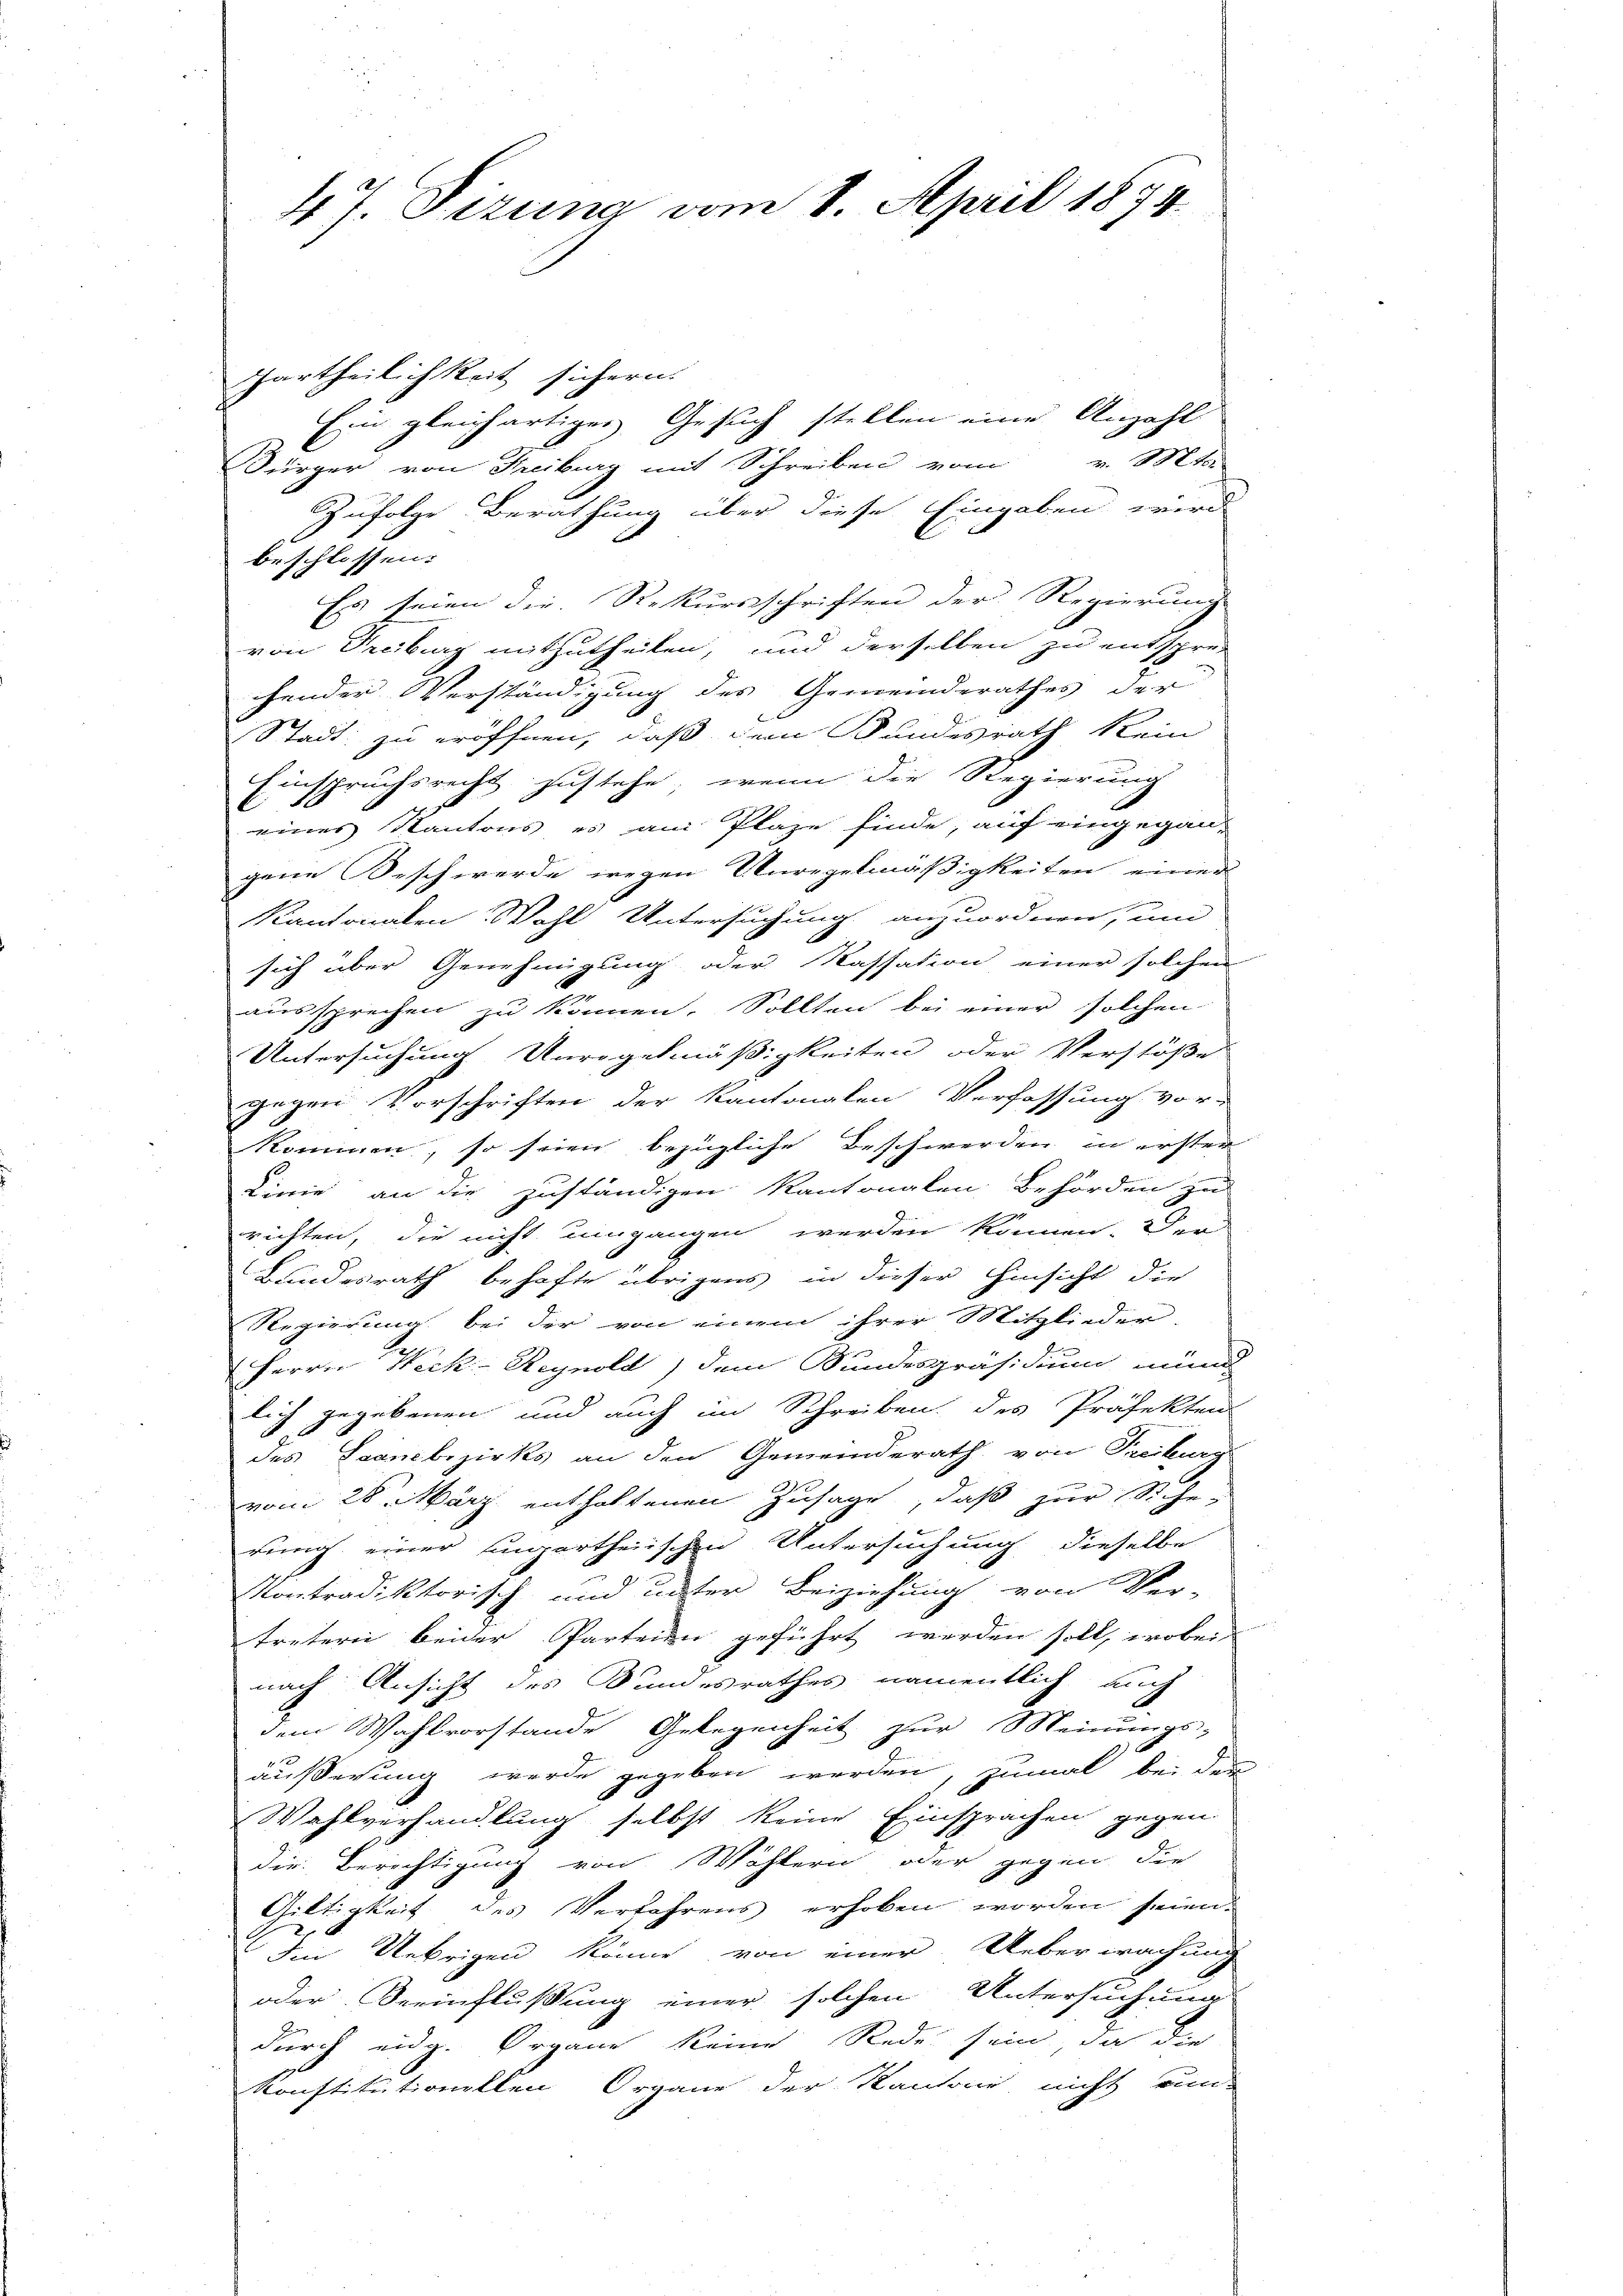
4 J. Sizung vom 8. April 1874.

Zartheilichkeit sichern.
Ein gleichartiger Gesuch stellen eine Anzahl
Bürger von Freiburg mit Schreiben vom v. Mts.
Zufolge Berathung über diese Eingaben wird
beschlossen:
Es seien die Rekursschriften der Regierung
von Deciburg mitzutheilen, und derselben zu entspre-
chender Verständigung des Gemeinderathes der
Stadt: zu eröffnen, daß dem Bundesrath kein
Einspruchsrecht zustehe, wenn die Regierung
C
eines Kantons es am Plaze finde, auf eingegan-
gene Beschwerde wegen Unregelmäßigkeiten einer
Kantonalen Wahl Untersuchung anzuordnen, um
sich über Genehmigung oder Kassation einer solchen
aussprechen zu können. Sollten bei einer solchen
Untersuchung Unregelmäßigkeiten oder Verstöße
gegen Vorschriften der Kantonalen Verfassung vor-
können, so seien bezügliche Beschwerden in erster
Linie an die zuständigen Kantonalen Behörden zu
richten, die nicht umgangen werden können. Der
Bundesrath behafte übrigens in dieser Hinsicht die
Regierung bei der von einem ihrer Mitglieder-
en
Herrn Neck-Reynold) dem Bundespräsidium mund
lich gegebenen und auch im Schreiben des Präfekten
des Sandbezirks an den Gemeinderath von Freiburg
vom 28. März enthaltenen Zusage, daß zur Siche,
rung einer ungartheiischen Untersuchung dieselbe
Montradiktorisch- und unter Beiziehung von Ver-
tretern beider Parteien geführt werden soll, wobei
nach Ansicht des Bundesrathes namentlich auch
dem Wahlvorstande Gelegenheit zur Meinungs-
äußerung werde gegeben werden, zumal bei der
Wahlverhandlung selbst keine Einsprachen gegen
die Berechtigung von Wöhlern oder gegen die
Giltigkeit des Verfahrens erhoben worden seien.
Im Uebrigen könne von einer Ueberwachung
oder Beeinflußung einer solchen Untersuchung
durch eidg. Organe keine Rede sein, da die
konstitutionellen Organe der Kantoni, nicht run-